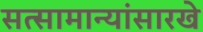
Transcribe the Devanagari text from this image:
सत्सामान्यांसारखे